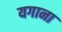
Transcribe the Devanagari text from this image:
यगाना